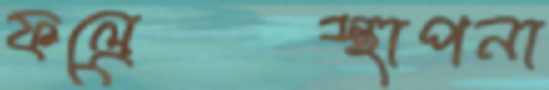
ফল্রেস্থাপনা